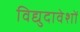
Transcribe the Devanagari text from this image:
विद्युदावेशों